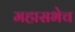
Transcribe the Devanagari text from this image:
महासभेच